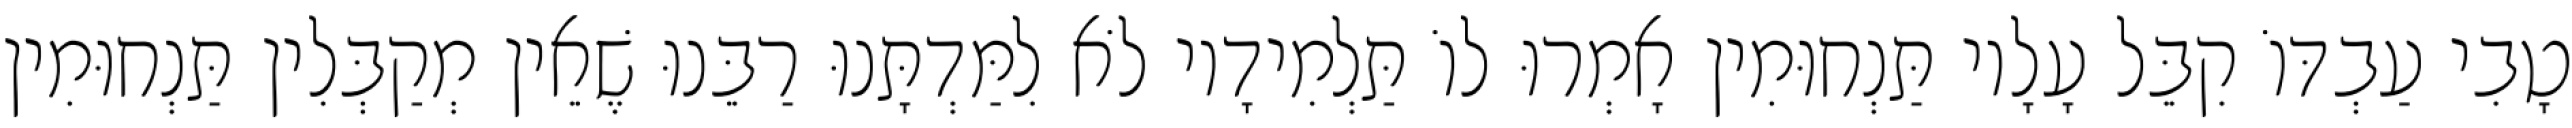
טָבִי עַבְדּוֹ קִבֵּל עָלָיו תַּנְחוּמִין אָמְרוּ לוֹ תַּלְמִידָיו לֹא לִמַּדְתָּנוּ רַבֵּנוּ שֶׁאֵין מְקַבְּלִין תַּנְחוּמִין